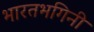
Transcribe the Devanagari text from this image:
भारतभगिनी